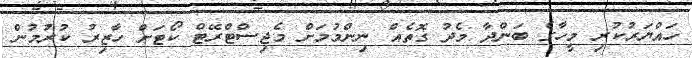
ހައްޔަރުކުރި މީހާގެ ބަންދާ މެދު ގޮތެއް ނިންމުމަށް މެޖިސްޓްރޭޓް ކޯޓަށް ހާޒިރު ކުރުމުން